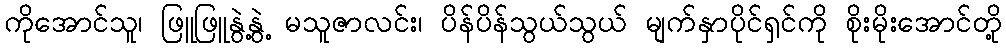
ကိုအောင်သူ၊ ဖြူဖြူနွဲ့နွဲ့ မသူဇာလင်း၊ ပိန်ပိန်သွယ်သွယ် မျက်နှာပိုင်ရှင်ကို စိုးမိုးအောင်တို့